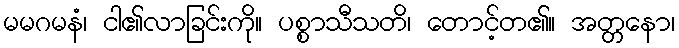
မမဂမနံ၊ ငါ၏လာခြင်းကို။ ပစ္စာသီသတိ၊ တောင့်တ၏။ အတ္တနော၊